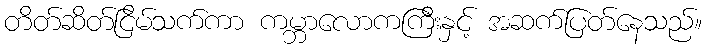
တိတ်ဆိတ်ငြိမ်သက်ကာ ကမ္ဘာလောကကြီးနှင့် အဆက်ပြတ်နေသည်။